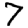
Digit: 7